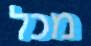
מכל